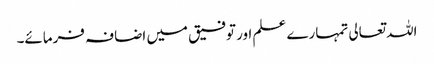
اللہ تعالی تمہارے علم اور توفیق میں اضافہ فرمائے۔